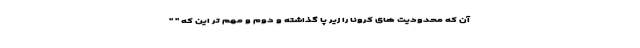
آن که محدودیت های کرونا را زیر پا گذاشته و دوم و مهم تر این که " "